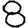
Digit: 8